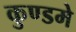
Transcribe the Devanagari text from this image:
कुण्डमे